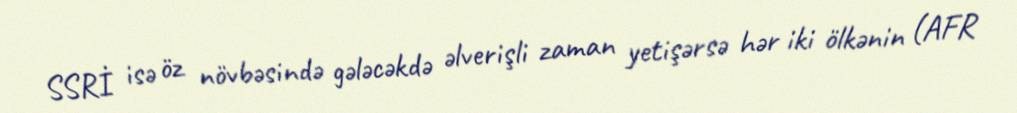
SSRİ isə öz növbəsində gələcəkdə əlverişli zaman yetişərsə hər iki ölkənin (AFR